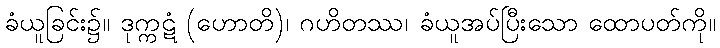
ခံယူခြင်း၌။ ဒုက္ကဋံ (ဟောတိ)၊ ဂဟိတဿ၊ ခံယူအပ်ပြီးသော ထောပတ်ကို။